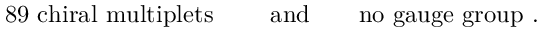
\mathrm { 8 9 ~ c h i r a l ~ m u l t i p l e t s ~ } \qquad \mathrm { a n d } \qquad \mathrm { n o ~ g a u g e ~ g r o u p ~ . }